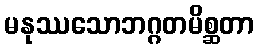
မနုဿသောဘဂ္ဂတမိစ္ဆတာ